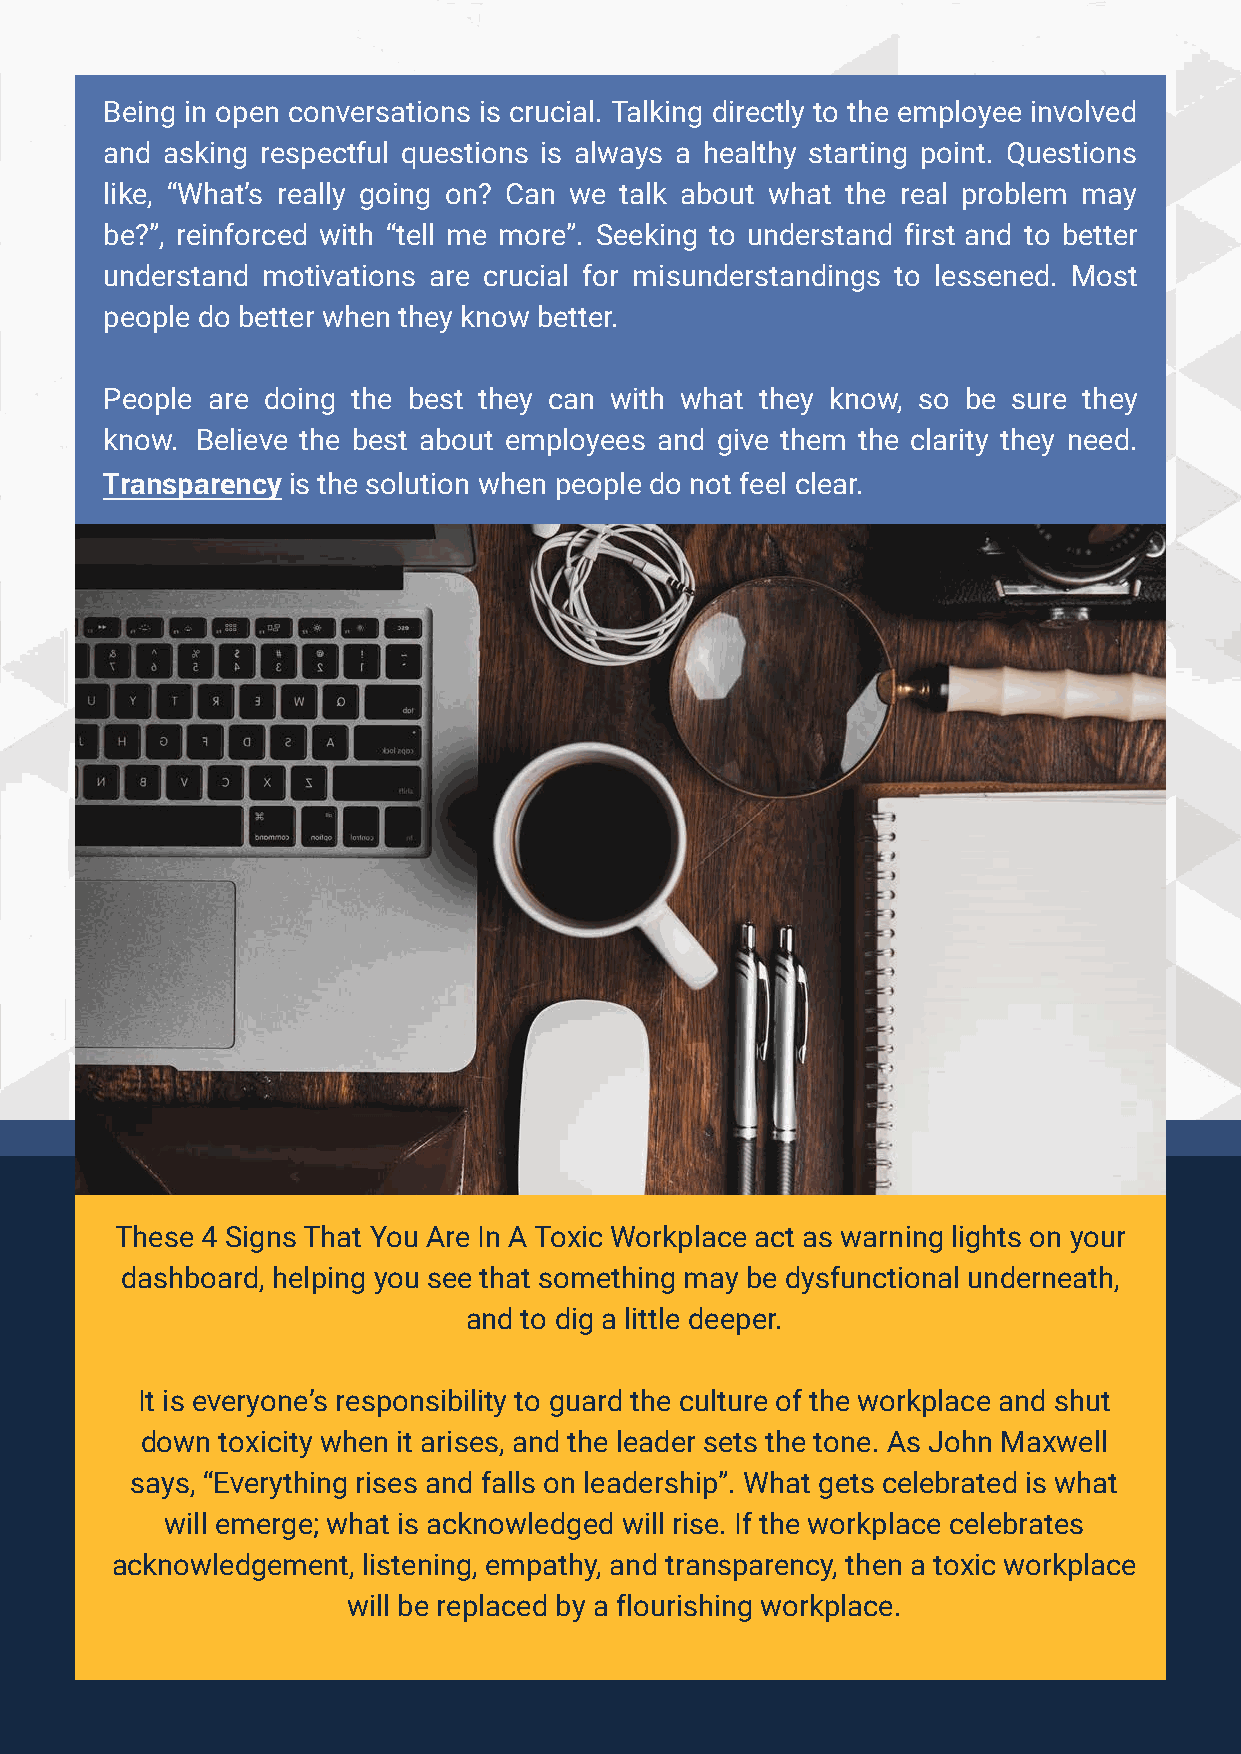
Being in open conversations is crucial. Talking directly to the employee involved
 and asking respectful questions is always a healthy starting point. Questions
 like, “What’s really going on? Can we talk about what the real problem may
 be?”, reinforced with “tell me more”. Seeking to understand first and to better
 understand motivations are crucial for misunderstandings to lessened. Most
 people do better when they know better.
 People are doing the best they can with what they know, so be sure they
 know. Believe the best about employees and give them the clarity they need.
 Transparency is the solution when people do not feel clear.
 These 4 Signs That You Are In A Toxic Workplace act as warning lights on your
 dashboard, helping you see that something may be dysfunctional underneath,
 and to dig a little deeper.
 It is everyone’s responsibility to guard the culture of the workplace and shut
 down  toxicity when it arises, and the leader sets the tone. As John Maxwell
 says, “Everything rises and falls on leadership”. What gets celebrated is what
 will emerge; what is acknowledged will rise. If the workplace celebrates
 acknowledgement, listening, empathy, and transparency, then a toxic workplace
 will be replaced by a flourishing workplace.